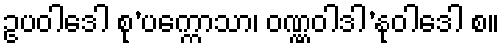
ဥပဝါဒေါ စု’ပက္ကောသာ၊ ဝဏ္ဏဝါဒါ’နုဝါဒေါ စ။